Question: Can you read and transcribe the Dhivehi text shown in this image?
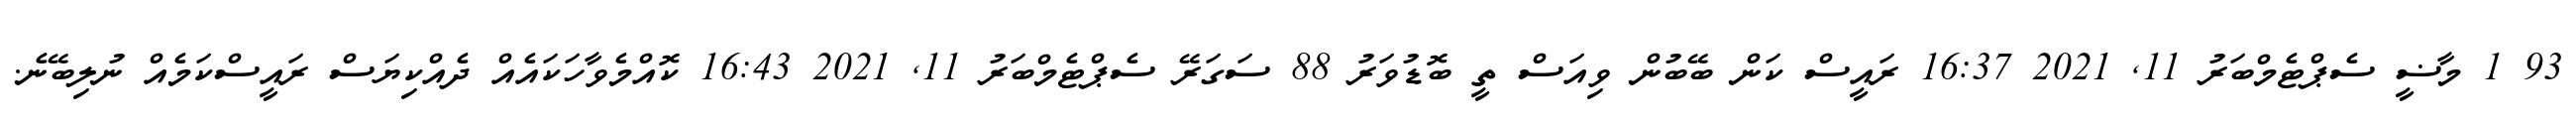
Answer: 93 1 މާޟީ ސެޕްޓެމްބަރު 11, 2021 16:37 ރައީސް ކަން ބޭބުން ވިއަސް ތީ ބޮޑުވަރު 88 ސަގަރޭ ސެޕްޓެމްބަރު 11, 2021 16:43 ކޮއްމެވާހަކައެއް ދެއްކިޔަސް ރައީސްކަމެއް ނުލިބޭނެ.